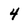
Character: 4